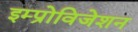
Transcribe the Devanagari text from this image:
इम्प्रोविजेशन